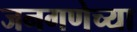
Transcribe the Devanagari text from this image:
जनगणेच्या